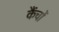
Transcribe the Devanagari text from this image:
कैंचों